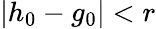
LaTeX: |h_{0}-g_{0}|<r